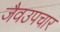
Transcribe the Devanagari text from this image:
जैवउपचार